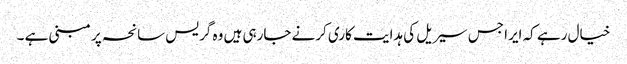
خیال رہے کہ ایرا جس سیریل کی ہدایت کاری کرنے جارہی ہیں وہ گریس سانحہ پر مبنی ہے ۔